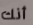
أنك